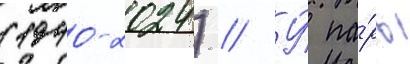
(1940-2024) // У́ па́ры